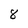
Character: 8